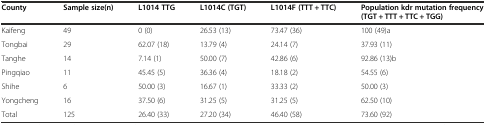
| County | Sample size(n) | L1014 TTG | L1014C (TGT) | L1014F (TTT + TTC) | Population kdr mutation frequency (TGT + TTT + TTC + TGG) |
 | --- | --- | --- | --- | --- | --- |
 | Kaifeng | 49 | 0 (0) | 26.53 (13) | 73.47 (36) | 100 (49)a |
 | Tongbai | 29 | 62.07 (18) | 13.79 (4) | 24.14 (7) | 37.93 (11) |
 | Tanghe | 14 | 7.14 (1) | 50.00 (7) | 42.86 (6) | 92.86 (13)b |
 | Pingqiao | 11 | 45.45 (5) | 36.36 (4) | 18.18 (2) | 54.55 (6) |
 | Shihe | 6 | 50.00 (3) | 16.67 (1) | 33.33 (2) | 50.00 (3) |
 | Yongcheng | 16 | 37.50 (6) | 31.25 (5) | 31.25 (5) | 62.50 (10) |
 | Total | 125 | 26.40 (33) | 27.20 (34) | 46.40 (58) | 73.60 (92) |